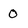
Character: 0